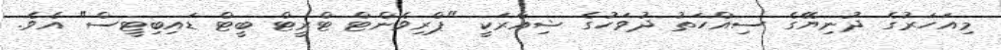
މިއަހަރުގެ ދުނިޔޭގެ ސިއްހަތު ދުވަހުގެ ޝިއާރަކީ "ޕްރިވެންޓް ޓްރީޓް ބީޓް ޑައިބިޓީސް" އެވެ.